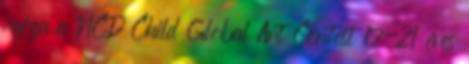
rajza a NCD Child Global Art Contest 17-21 éves